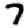
Digit: 7